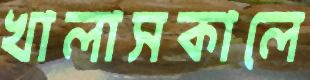
খালাসকালে